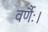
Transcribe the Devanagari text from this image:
वर्णैः।